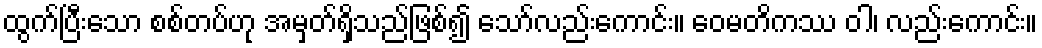
ထွက်ပြီးသော စစ်တပ်ဟု အမှတ်ရှိသည်ဖြစ်၍ သော်လည်းကောင်း။ ဝေမတိကဿ ဝါ၊ လည်းကောင်း။